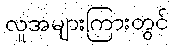
လူအများကြားတွင်